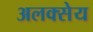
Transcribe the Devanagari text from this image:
अलक्सेय